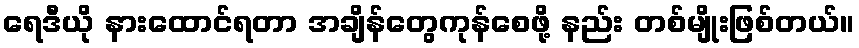
ရေဒီယို နားထောင်ရတာ အချိန်တွေကုန်စေဖို့ နည်း တစ်မျိုးဖြစ်တယ်။